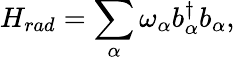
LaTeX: H_{rad}=\sum_{\mathbf{\alpha}}\omega_{\mathbf{\alpha}}b_{\mathbf{\alpha}}^{\dagger}b_{\mathbf{\alpha}},